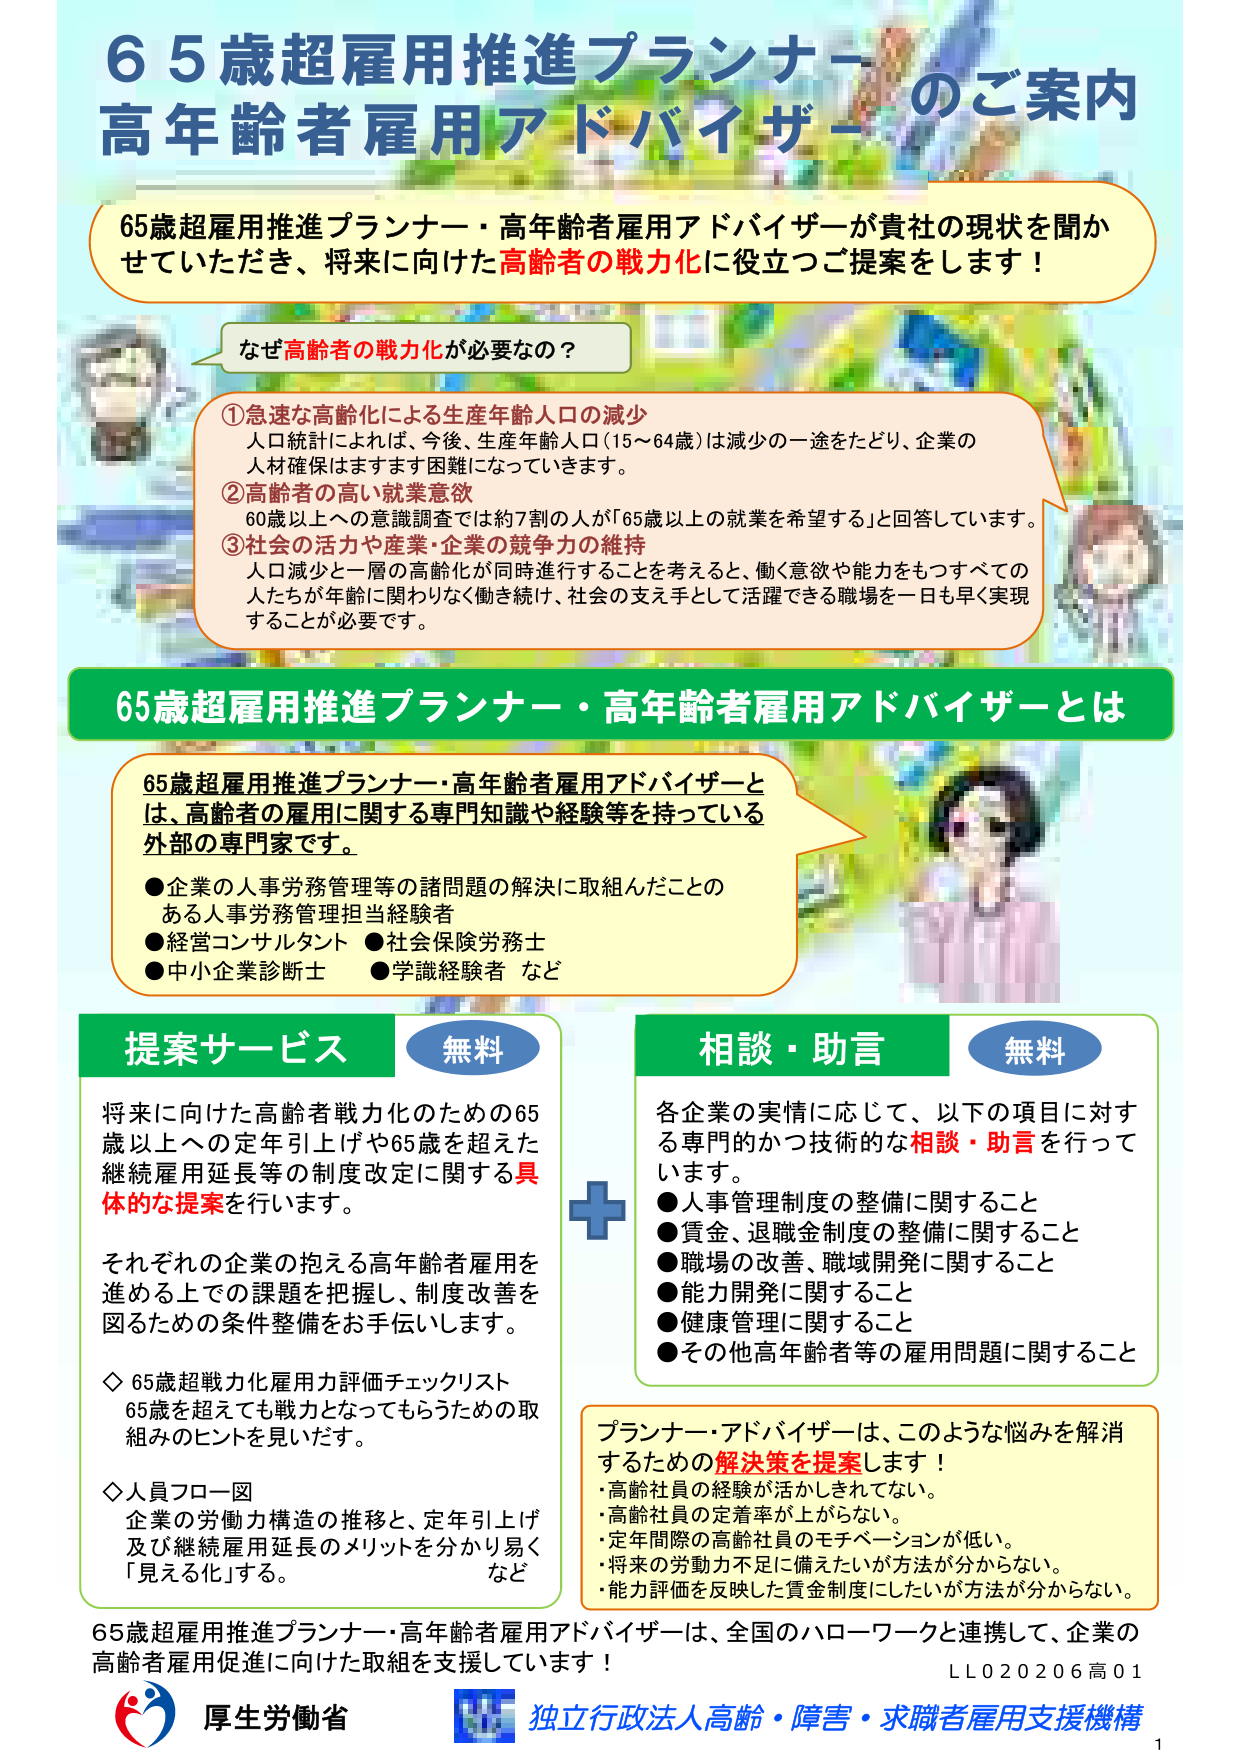
65歳超雇用推進プランナー・高年齢者雇用アドバイザーのご案内

65歳超雇用推進プランナー・高年齢者雇用アドバイザーが貴社の現状を聞かせていただき、将来に向けた高齢者の戦力化に役立つご提案をします！

なぜ高齢者の戦力化が必要なの？

①急速な高齢化による生産年齢人口の減少
人口統計によれば、今後、生産年齢人口（15～64歳）は減少の一途をたどり、企業の人材確保はますます困難になっていきます。

②高齢者の高い就業意欲
60歳以上への意識調査では約7割の人が「65歳以上の就業を希望する」と回答しています。

③社会の活力や産業・企業の競争力の維持
人口減少と一層の高齢化が同時進行することを考えると、働く意欲や能力をもつすべての人たちが年齢に関わりなく働き続け、社会の支え手として活躍できる職場を一日も早く実現することが必要です。

65歳超雇用推進プランナー・高年齢者雇用アドバイザーとは

65歳超雇用推進プランナー・高年齢者雇用アドバイザーとは、高齢者の雇用に関する専門知識や経験等を持っている外部の専門家です。
●企業の人事労務管理等の諸問題の解決に取組んだことのある人事労務管理担当経験者
●経営コンサルタント ●社会保険労務士
●中小企業診断士 ●学識経験者 など

提案サービス 無料
将来に向けた高齢者戦力化のための65歳以上への定年引上げや65歳を超えた継続雇用延長等の制度改定に関する具体的な提案を行います。
それぞれの企業の抱える高年齢者雇用を進める上での課題を把握し、制度改善を図るための条件整備をお手伝いします。
◇ 65歳超戦力化雇用力評価チェックリスト
65歳を超えても戦力となってもらうための取組みのヒントを見いだす。
◇ 人員フロー図
企業の労働力構造の推移と、定年引上げ及び継続雇用延長のメリットを分かり易く「見える化」する。
など

相談・助言 無料
各企業の実情に応じて、以下の項目に対する専門的かつ技術的な相談・助言を行っています。
●人事管理制度の整備に関すること
●賃金、退職金制度の整備に関すること
●職場の改善、職域開発に関すること
●能力開発に関すること
●健康管理に関すること
●その他高年齢者等の雇用問題に関すること

プランナー・アドバイザーは、このような悩みを解消するための解決策を提案します！
・高齢社員の経験が活かされていない。
・高齢社員の定着率が上がらない。
・定年間際の高齢社員のモチベーションが低い。
・将来の労働力不足に備えたいが方法が分からない。
・能力評価を反映した賃金制度にしたいが方法が分からない。

65歳超雇用推進プランナー・高年齢者雇用アドバイザーは、全国のハローワークと連携して、企業の高齢者雇用促進に向けた取組を支援しています！

厚生労働省
独立行政法人高齢・障害・求職者雇用支援機構
LL020206高01
1